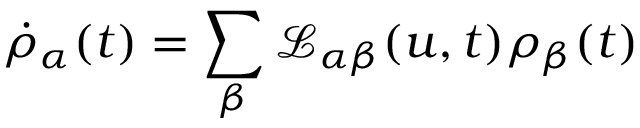
\dot { \rho } _ { \alpha } ( t ) = \sum _ { \beta } \mathcal { L } _ { \alpha \beta } ( u , t ) \rho _ { \beta } ( t )